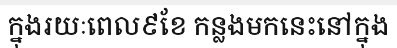
ក្នុងរយៈពេល៩ខែ កន្លងមកនេះនៅក្នុង